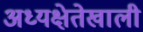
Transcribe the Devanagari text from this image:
अध्यक्षेतेखाली